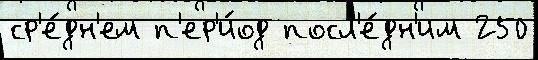
ср'е́дн'ем п'ер'и́од посл'е́дн'им 250